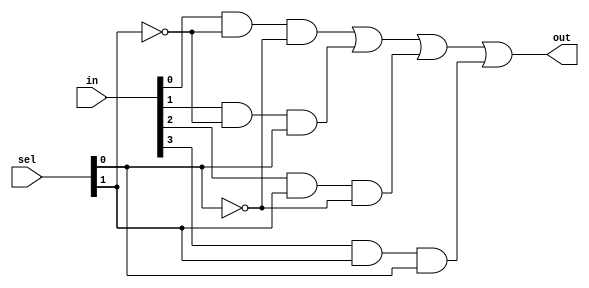
module mux_gate( in,sel,out);

input[1:0] sel;
input[3:0] in;
output out;

wire sel0bar,sel1bar,t0,t1,t2,t3;

not N0 (sel0bar, sel[0]);
not N1 (sel1bar, sel[1]);

and A0 (t0, in[0], sel1bar, sel0bar); // select when sel=00
and A1 (t1, in[1], sel1bar, sel[0]); // select when sel=01
and A2 (t2, in[2], sel[1], sel0bar); // select when sel=10
and A3 (t3, in[3], sel[1], sel[0]); // select when sel=11

or O1 (out, t0, t1, t2, t3);

endmodule